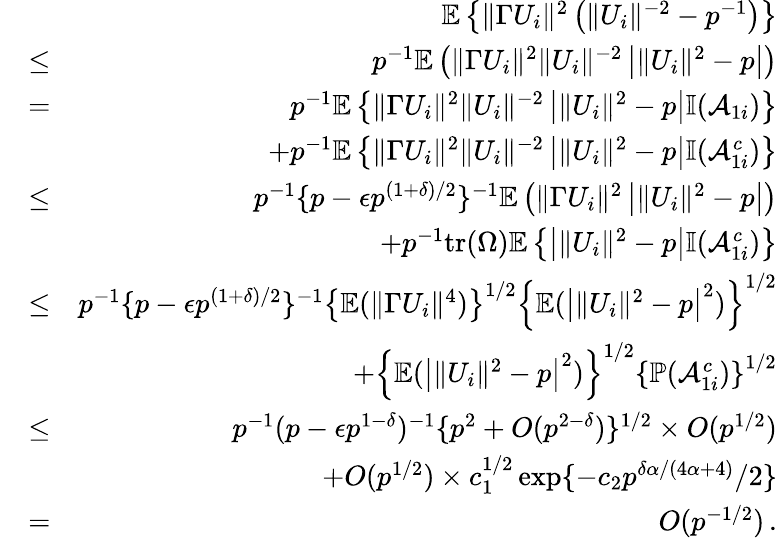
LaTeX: \begin{array}{rlr}&{}&{{\mathbb{E}}\left\{ \| \Gamma U_{i}\| ^{2}\left(\| U_{i}\| ^{-2}-p^{-1}\right)\right\} }\\ &{\leq}&{p^{-1}{\mathbb{E}}\left(\| \Gamma U_{i}\| ^{2}\| U_{i}\| ^{-2}\left|\| U_{i}\| ^{2}-p\right|\right)}\\ &{=}&{p^{-1}{\mathbb{E}}\left\{ \| \Gamma U_{i}\| ^{2}\| U_{i}\| ^{-2}\left|\| U_{i}\| ^{2}-p\right|{\mathbb{I}}(\mathcal{A}_{1i})\right\} }\\ &{}&{+p^{-1}{\mathbb{E}}\left\{ \| \Gamma U_{i}\| ^{2}\| U_{i}\| ^{-2}\left|\| U_{i}\| ^{2}-p\right|{\mathbb{I}}(\mathcal{A}_{1i}^{c})\right\} }\\ &{\leq}&{p^{-1}\{ p-\epsilon p^{(1+\delta)/2}\} ^{-1}{\mathbb{E}}\left(\| \Gamma U_{i}\| ^{2}\left|\| U_{i}\| ^{2}-p\right|\right)}\\ &{}&{+p^{-1}\mathrm{tr}(\Omega){\mathbb{E}}\left\{ \left|\| U_{i}\| ^{2}-p\right|{\mathbb{I}}(\mathcal{A}_{1i}^{c})\right\} }\\ &{\leq}&{p^{-1}\{ p-\epsilon p^{(1+\delta)/2}\} ^{-1}\left\{ {\mathbb{E}}(\| \Gamma U_{i}\| ^{4})\right\} ^{1/2}\left\{ {\mathbb{E}}(\left|\| U_{i}\| ^{2}-p\right|^{2})\right\} ^{1/2}}\\ &{}&{+\left\{ {\mathbb{E}}(\left|\| U_{i}\| ^{2}-p\right|^{2})\right\} ^{1/2}\left\{ {\mathbb{P}}(\mathcal{A}_{1i}^{c})\right\} ^{1/2}}\\ &{\leq}&{p^{-1}(p-\epsilon p^{1-\delta})^{-1}\{ p^{2}+O(p^{2-\delta})\} ^{1/2}\times O(p^{1/2})}\\ &{}&{+O(p^{1/2})\times c_{1}^{1/2}\exp\{ -c_{2}p^{\delta\alpha/(4\alpha+4)}/2\} }\\ &{=}&{O(p^{-1/2})\, .}\end{array}